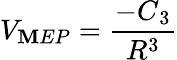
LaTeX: V_{\mathbf{M}EP}=\frac{{-C{_3}}}{{R^{3}}}